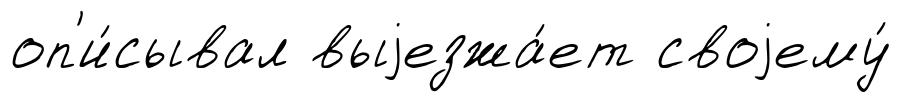
оп'и́сывал выjезжа́ет своjему́